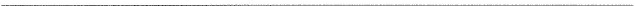
___